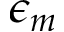
\epsilon _ { m }